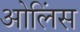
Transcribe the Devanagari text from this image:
ओलिंस